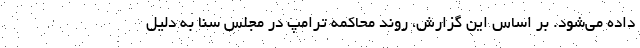
داده می‌شود. بر اساس این گزارش، روند محاکمه ترامپ در مجلس سنا به دلیل